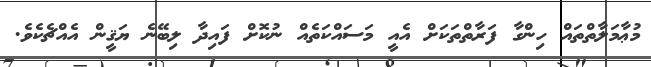
މުޢާމަލާތްތައް ހިންގާ ފަރާތްތަކަށް އެއީ މަސައްކަތެއް ނުކޮށް ފައިދާ ލިބޭނެ ޔަޤީން އެއްޗެކެވެ.